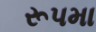
રૂપમા